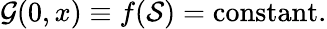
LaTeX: {\cal G}(0,x)\equiv f({\cal S})=\mathrm{constant}.